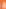
&